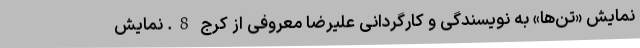
نمایش «تن‌ها» به نویسندگی و کارگردانی علیرضا معروفی از کرج 8. نمایش